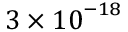
3 \ifmmode \times \else \texttimes \fi { } { 1 0 } ^ { \ensuremath { - } 1 8 }